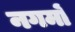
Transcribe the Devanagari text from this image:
नगमों